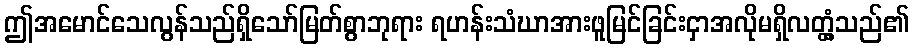
ဤအမောင်သေလွန်သည်ရှိသော်မြတ်စွာဘုရား ရဟန်းသံဃာအားဖူမြင်ခြင်းငှာအလိုမရှိလတ္တံ့သည်၏